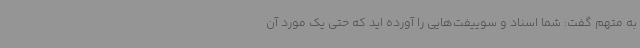
به متهم گفت: شما اسناد و سوییفت‌هایی را آورده اید که حتی یک مورد آن